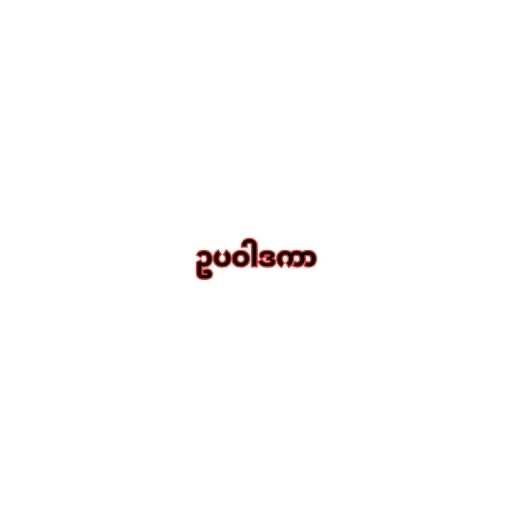
ဥပဝါဒကာ